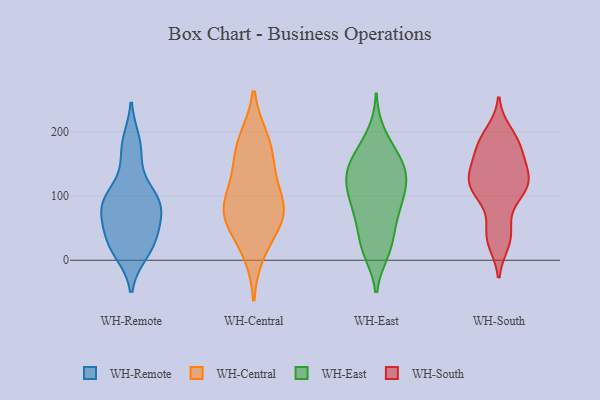
{"axis": {"x": "Temperature (°C)", "y": "Value"}, "legend": ["WH-Central", "WH-East", "WH-Remote", "WH-South"], "data": [{"x": "", "y": 79, "type": "WH-Remote"}, {"x": "", "y": 81, "type": "WH-Remote"}, {"x": "", "y": 23, "type": "WH-Remote"}, {"x": "", "y": 95, "type": "WH-Remote"}, {"x": "", "y": 14, "type": "WH-Remote"}, {"x": "", "y": 182, "type": "WH-Remote"}, {"x": "", "y": 96, "type": "WH-Remote"}, {"x": "", "y": 32, "type": "WH-Remote"}, {"x": "", "y": 66, "type": "WH-Remote"}, {"x": "", "y": 32, "type": "WH-Remote"}, {"x": "", "y": 100, "type": "WH-Remote"}, {"x": "", "y": 167, "type": "WH-Remote"}, {"x": "", "y": 187, "type": "WH-Central"}, {"x": "", "y": 152, "type": "WH-Central"}, {"x": "", "y": 123, "type": "WH-Central"}, {"x": "", "y": 74, "type": "WH-Central"}, {"x": "", "y": 180, "type": "WH-Central"}, {"x": "", "y": 69, "type": "WH-Central"}, {"x": "", "y": 59, "type": "WH-Central"}, {"x": "", "y": 13, "type": "WH-Central"}, {"x": "", "y": 93, "type": "WH-Central"}, {"x": "", "y": 75, "type": "WH-Central"}, {"x": "", "y": 97, "type": "WH-East"}, {"x": "", "y": 14, "type": "WH-East"}, {"x": "", "y": 196, "type": "WH-East"}, {"x": "", "y": 128, "type": "WH-East"}, {"x": "", "y": 19, "type": "WH-East"}, {"x": "", "y": 89, "type": "WH-East"}, {"x": "", "y": 38, "type": "WH-East"}, {"x": "", "y": 165, "type": "WH-East"}, {"x": "", "y": 69, "type": "WH-East"}, {"x": "", "y": 124, "type": "WH-East"}, {"x": "", "y": 127, "type": "WH-East"}, {"x": "", "y": 21, "type": "WH-East"}, {"x": "", "y": 73, "type": "WH-East"}, {"x": "", "y": 125, "type": "WH-East"}, {"x": "", "y": 166, "type": "WH-East"}, {"x": "", "y": 125, "type": "WH-East"}, {"x": "", "y": 82, "type": "WH-East"}, {"x": "", "y": 150, "type": "WH-East"}, {"x": "", "y": 154, "type": "WH-East"}, {"x": "", "y": 126, "type": "WH-South"}, {"x": "", "y": 157, "type": "WH-South"}, {"x": "", "y": 180, "type": "WH-South"}, {"x": "", "y": 51, "type": "WH-South"}, {"x": "", "y": 189, "type": "WH-South"}, {"x": "", "y": 112, "type": "WH-South"}, {"x": "", "y": 177, "type": "WH-South"}, {"x": "", "y": 105, "type": "WH-South"}, {"x": "", "y": 180, "type": "WH-South"}, {"x": "", "y": 29, "type": "WH-South"}, {"x": "", "y": 106, "type": "WH-South"}, {"x": "", "y": 44, "type": "WH-South"}, {"x": "", "y": 144, "type": "WH-South"}, {"x": "", "y": 115, "type": "WH-South"}, {"x": "", "y": 127, "type": "WH-South"}, {"x": "", "y": 129, "type": "WH-South"}, {"x": "", "y": 199, "type": "WH-South"}, {"x": "", "y": 144, "type": "WH-South"}, {"x": "", "y": 28, "type": "WH-South"}, {"x": "", "y": 103, "type": "WH-South"}]}